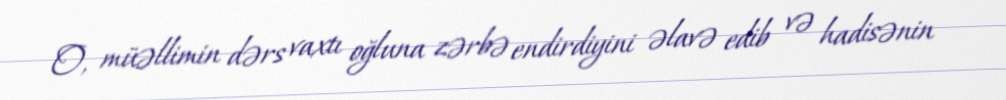
O, müəllimin dərs vaxtı oğluna zərbə endirdiyini əlavə edib və hadisənin